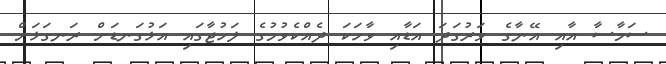
ސަމާސާ އާއި އޭނާގެ ވަރުގަދަ އަޑާއި ވާހަކަ ދެއްކެވުމުގެ ލަހުޖާގައި އަޅުގަނޑަށް ރަނގަޅަށް